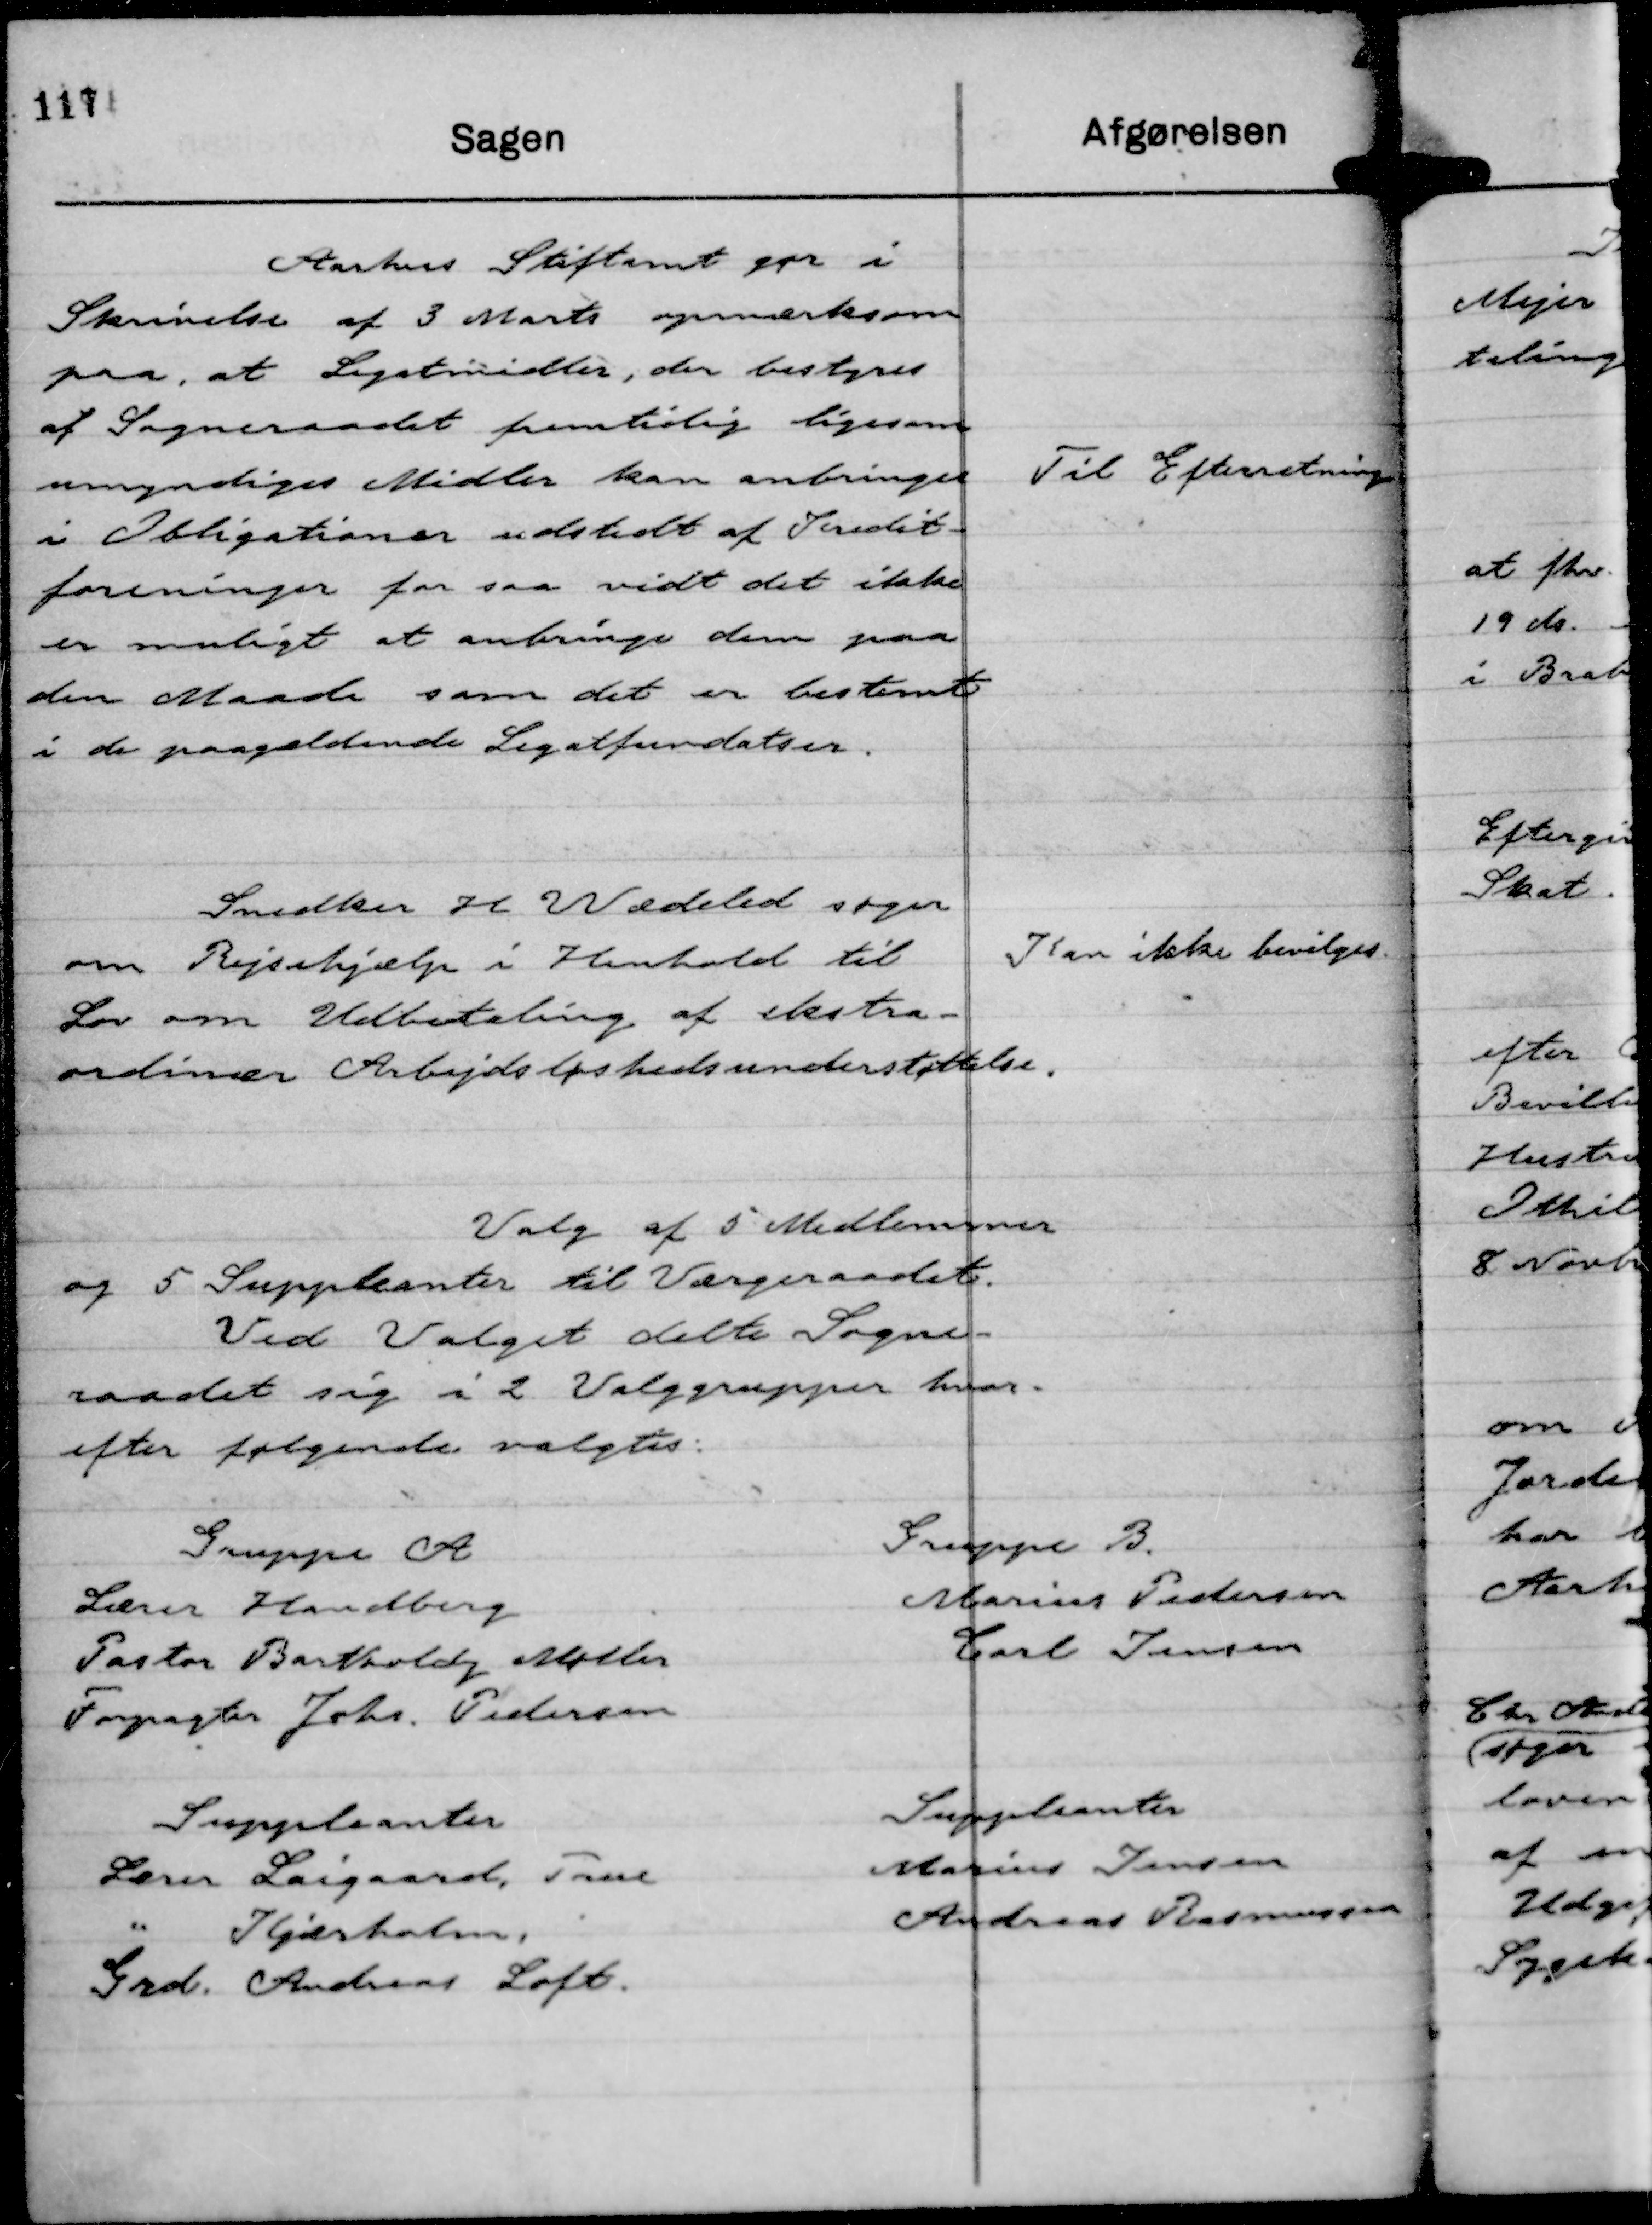
Transskription:
Aarhus Stiftamt gør i
Skrivelse af 3 Marts opmærksom
paa, at Legatmidler, der bestyres
af Sogneraadet fremtidig ligesom
umyndiges Midler kan anbringes
i Obligationer udstedt af Kredit-
foreninger for saa vidt det ikke
er muligt at anbringe dem paa
den Maade som det er bestemt
i de paagældende Legatfundatser.

Til Efterretning

Snedker H Wædeled søger
om Rejsehjælp i Henhold til
Lov om Udbetaling af ekstra-
ordinær Arbejdsløshedsunderstøttelse.

Kan ikke bevilges.

Valg af 5 Medlemmer.
og 5 Suppleanter til Værgeraadet.
Ved Valget delte Sogne-
raadet sig i 2 Valggrupper hvor-
efter følgende valgtes:

Gruppe A
Lærer Handberg
Pastor Bartholdy Møller
Forpagter Johs. Pedersen
Suppleanter
Lærer Laigaard, True
" Kjærholm,
Grd. Andreas Loft.

Gruppe B.
Marius Pedersen
Carl Jensen
Suppleanter
Marius Jensen
Andreas Rasmussen